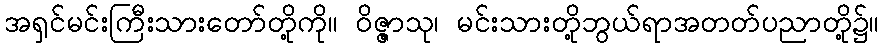
အရှင်မင်းကြီးသားတော်တို့ကို။ ဝိဇ္ဇာသု၊ မင်းသားတို့ဘွယ်ရာအတတ်ပညာတို့၌။